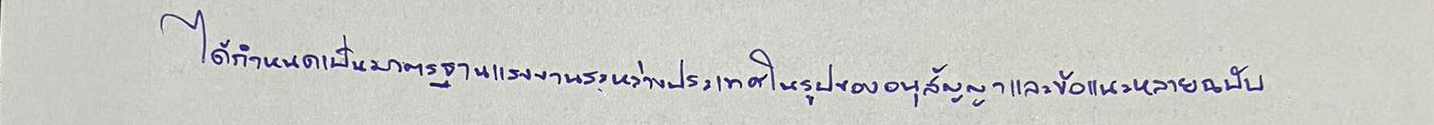
ได้กำหนดเป็นมาตรฐานแรงงานระหว่างประเทศในรูปของอนุสัญญาและข้อแนะหลายฉบับ